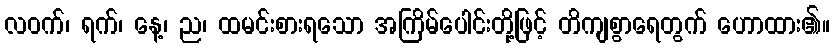
လဝက်၊ ရက်၊ နေ့၊ ည၊ ထမင်းစားရသော အကြိမ်ပေါင်းတို့ဖြင့် တိကျစွာရေတွက် ဟောထား၏။